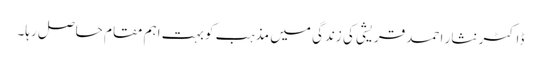
ڈاکٹر نثار احمد قریشی کی زندگی میں مذہب کو بہت اہم مقام حاصل رہا۔